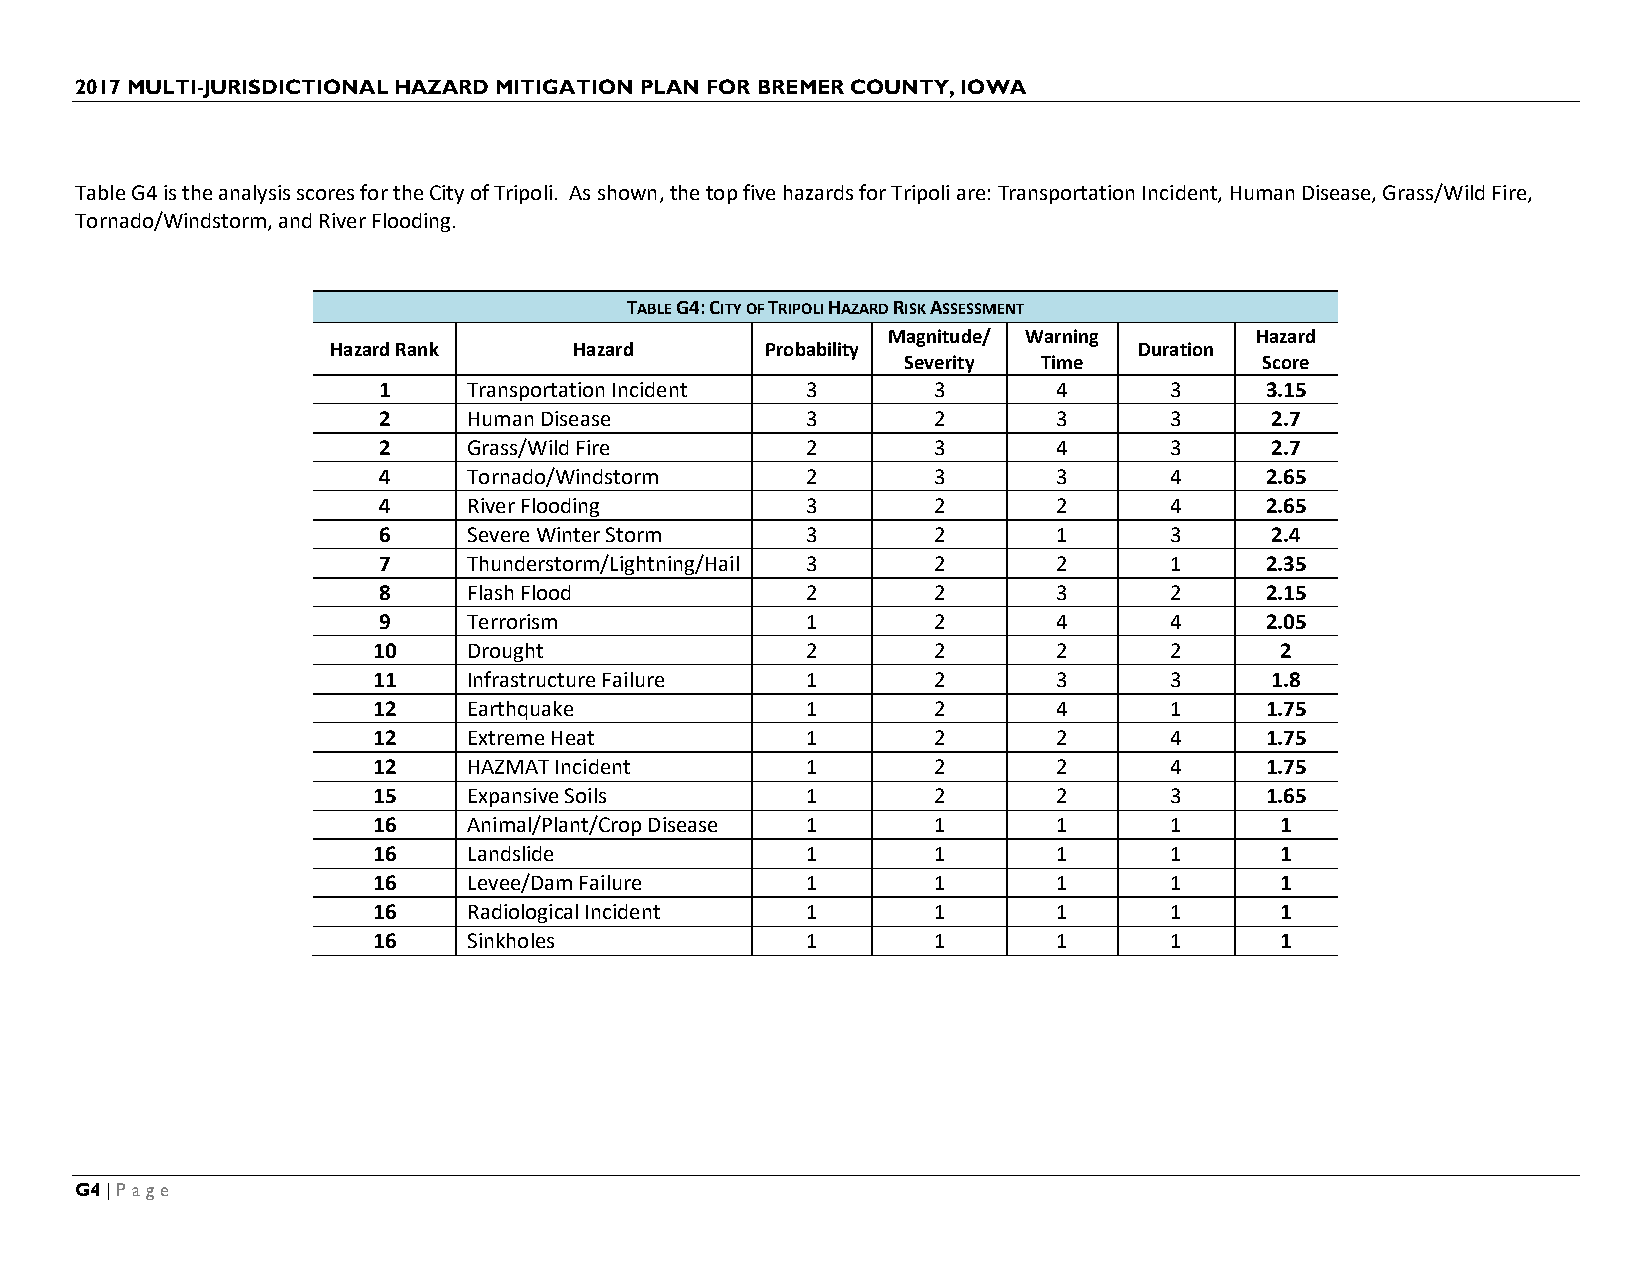
2017 MULTI-JURISDICTIONAL HAZARD MITIGATION PLAN FOR BREMER COUNTY, IOWA
 Table G4 is the analysis scores for the City of Tripoli. As shown, the top five hazards for Tripoli are: Transportation Incident, Human Disease, Grass/Wild Fire,
 Tornado/Windstorm, and River Flooding.
 TABLE G4: CITY OF TRIPOLI HAZARD RISK ASSESSMENT
 Magnitude/ Warning      Hazard
 Hazard Rank     Hazard       Probability             Duration
 Severity Time           Score
 1     Transportation Incident 3      3       4      3      3.15
 2     Human Disease         3        2       3      3      2.7
 2     Grass/Wild Fire       2        3       4      3      2.7
 4     Tornado/Windstorm     2        3       3      4      2.65
 4     River Flooding        3        2       2      4      2.65
 6     Severe Winter Storm   3        2       1      3      2.4
 7     Thunderstorm/Lightning/Hail 3  2       2      1      2.35
 8     Flash Flood           2        2       3      2      2.15
 9     Terrorism             1        2       4      4      2.05
 10    Drought               2        2       2      2       2
 11    Infrastructure Failure 1       2       3      3      1.8
 12    Earthquake            1        2       4      1      1.75
 12    Extreme Heat          1        2       2      4      1.75
 12    HAZMAT Incident       1        2       2      4      1.75
 15    Expansive Soils       1        2       2      3      1.65
 16    Animal/Plant/Crop Disease 1    1       1      1       1
 16    Landslide             1        1       1      1       1
 16    Levee/Dam Failure     1        1       1      1       1
 16    Radiological Incident 1        1       1      1       1
 16    Sinkholes             1        1       1      1       1
 G4 | Page